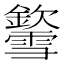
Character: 𨯎